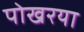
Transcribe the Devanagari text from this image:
पोखरया